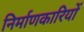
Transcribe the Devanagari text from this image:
निर्माणकारियों